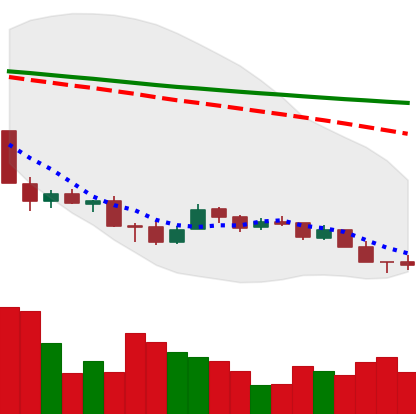
Ticker: XMR-USD
Chart end date: 2018-12-08
Forward return: -10.118%
Label: down_7plus